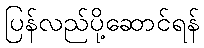
ပြန်လည်ပို့ဆောင်ရန်